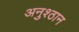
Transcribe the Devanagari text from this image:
अनुश्ठान